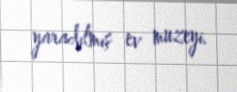
yaradılmış ev muzeyi.